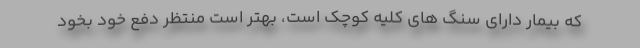
که بیمار دارای سنگ های کلیه کوچک است، بهتر است منتظر دفع خود بخود